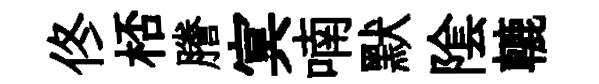
佟桮謄㝠喃默隂轆